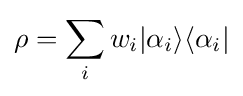
\rho =\sum _{i}w_{i}|\alpha _{i}\rangle \langle \alpha _{i}|